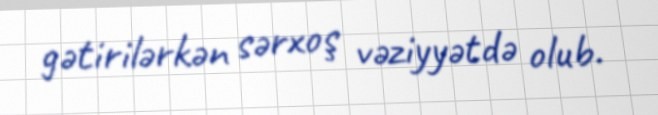
gətirilərkən sərxoş vəziyyətdə olub.